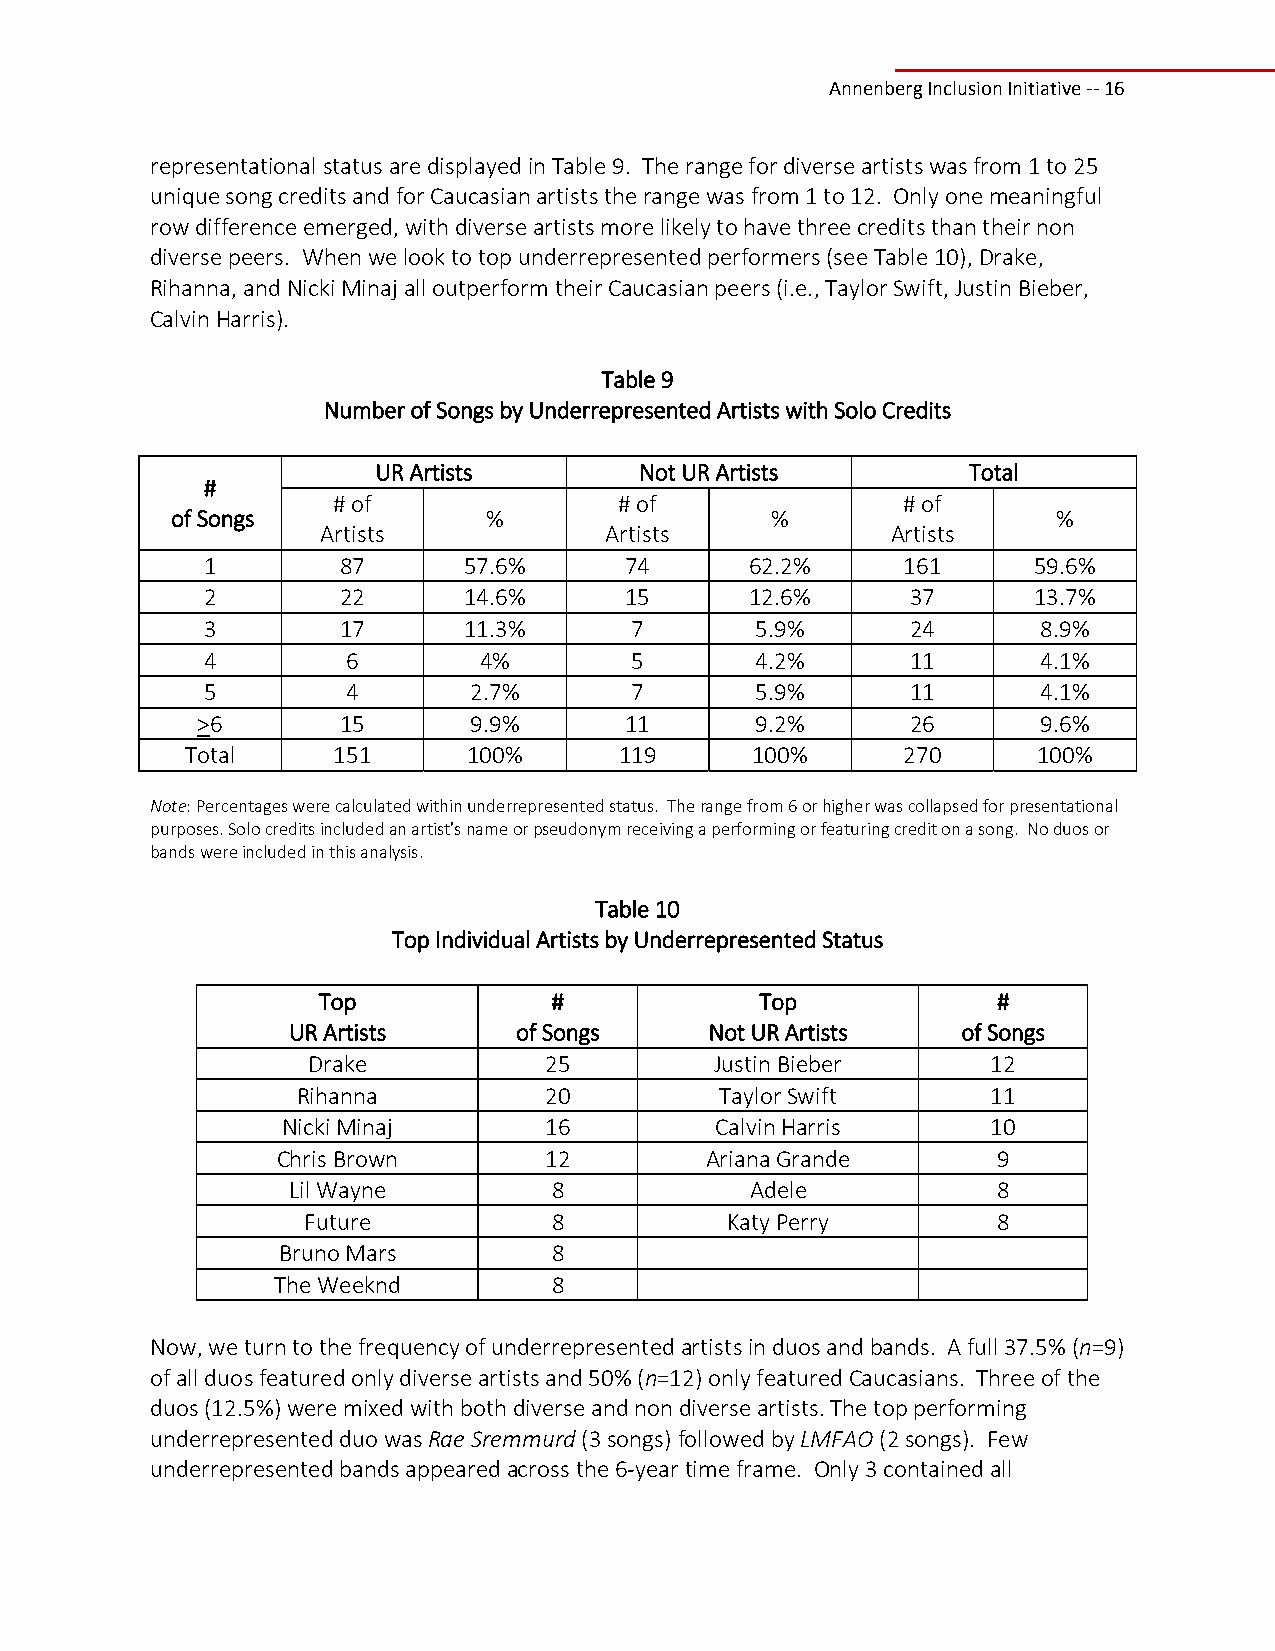
Annenberg Inclusion Initiative ‐‐ 16
 representational status are displayed in Table 9. The range for diverse artists was from 1 to 25
 unique song credits and for Caucasian artists the range was from 1 to 12. Only one meaningful
 row difference emerged, with diverse artists more likely to have three credits than their non
 diverse peers. When we look to top underrepresented performers (see Table 10), Drake,
 Rihanna, and Nicki Minaj all outperform their Caucasian peers (i.e., Taylor Swift, Justin Bieber,
 Calvin Harris).
 Table 9
 Number of Songs by Underrepresented Artists with Solo Credits
 UR Artists       Not UR Artists        Total
 #
 # of               # of               # of
 of Songs             %                  %                  %
 Artists            Artists            Artists
 1        87       57.6%     74       62.2%     161     59.6%
 2        22       14.6%     15       12.6%     37      13.7%
 3        17       11.3%      7       5.9%      24       8.9%
 4         6        4%        5       4.2%      11       4.1%
 5         4       2.7%       7       5.9%      11       4.1%
 >6       15       9.9%      11       9.2%      26       9.6%
 Total     151      100%      119      100%      270      100%
 Note: Percentages were calculated within underrepresented status. The range from 6 or higher was collapsed for presentational
 purposes. Solo credits included an artist's name or pseudonym receiving a performing or featuring credit on a song. No duos or
 bands were included in this analysis.
 Table 10
 Top Individual Artists by Underrepresented Status
 Top             #            Top             #
 UR Artists     of Songs     Not UR Artists   of Songs
 Drake           25         Justin Bieber      12
 Rihanna         20          Taylor Swift      11
 Nicki Minaj      16         Calvin Harris      10
 Chris Brown       12         Ariana Grande      9
 Lil Wayne         8            Adele           8
 Future           8          Katy Perry        8
 Bruno Mars         8
 The Weeknd         8
 Now, we turn to the frequency of underrepresented artists in duos and bands. A full 37.5% (n=9)
 of all duos featured only diverse artists and 50% (n=12) only featured Caucasians. Three of the
 duos (12.5%) were mixed with both diverse and non diverse artists. The top performing
 underrepresented duo was Rae Sremmurd (3 songs) followed by LMFAO (2 songs). Few
 underrepresented bands appeared across the 6‐year time frame. Only 3 contained all